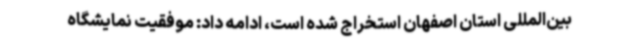
بین‌المللی استان اصفهان استخراج شده است، ادامه داد: موفقیت نمایشگاه